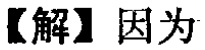
【解】因为